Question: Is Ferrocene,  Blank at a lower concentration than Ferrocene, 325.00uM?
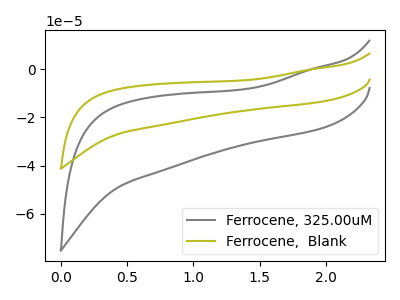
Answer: <think>The gray curve "Ferrocene, 325.00uM" has no peaks. The olive curve "Ferrocene,  Blank" has no peaks.
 Neither "Ferrocene, 325.00uM" or "Ferrocene,  Blank" have any peaks.</think>
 <answer>I cant tell if "Ferrocene, 325.00uM" or "Ferrocene,  Blank" has higher concentration.</answer>
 <eval>mixed_concentration</eval>